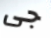
جى